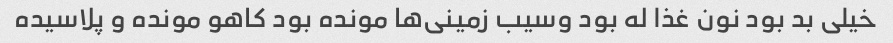
خیلی بد بود نون غذا له بود وسیب زمینی‌ها مونده بود کاهو مونده و پلاسیده